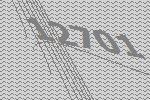
12701